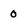
Character: 0